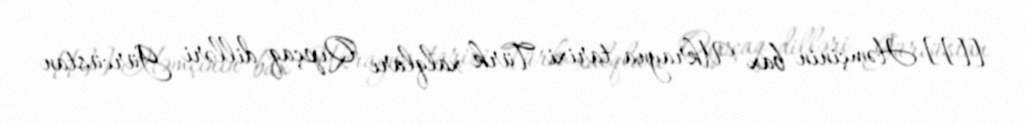
[[]] Həmçinin bax Ukrayna tarixi Türk xalqları Qıpçaq dilləri Gürcüstan